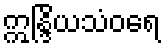
ဣန္ဒြိယသံဝရေ